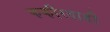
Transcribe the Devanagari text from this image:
फकीरवाडी